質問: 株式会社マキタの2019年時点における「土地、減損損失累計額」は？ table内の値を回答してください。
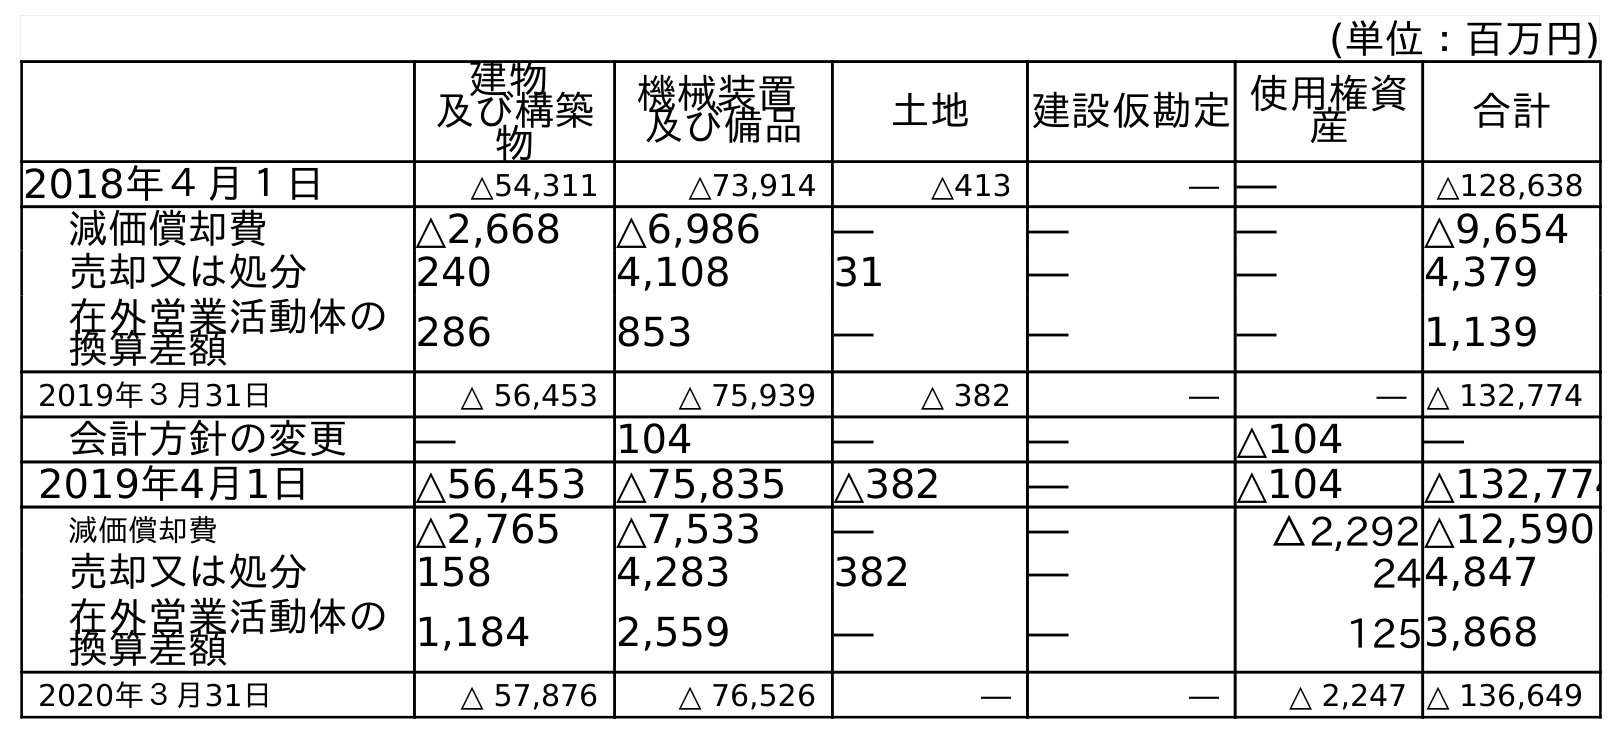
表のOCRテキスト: (単位：百万円) 建物 及び構築 物 機械装置 及び備品 土地 建設仮勘定使用権資 産 合計 2018年４月１日 △54,311 △73,914 △413 ― ― △128,638 減価償却費 △2,668 △6,986 ― ― ― △9,654 売却又は処分 240 4,108 31 ― ― 4,379 在外営業活動体の 換算差額 286 853 ― ― ― 1,139 2019年３月31日 △ 56,453 △ 75,939 △ 382 ― ― △ 132,774 会計方針の変更 ― 104 ― ― △104 ― 2019年4月1日 △56,453 △75,835 △382 ― △104 △132,774 減価償却費 △2,765 △7,533 ― ― △2,292△12,590 売却又は処分 158 4,283 382 ― 244,847 在外営業活動体の 換算差額 1,184 2,559 ― ― 1253,868 2020年３月31日 △ 57,876 △ 76,526 ― ― △ 2,247 △ 136,649
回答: △382